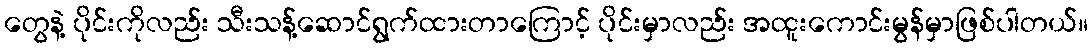
တွေနဲ့ ပိုင်းကိုလည်း သီးသန့်ဆောင်ရွက်ထားတာကြောင့် ပိုင်းမှာလည်း အထူးကောင်းမွန်မှာဖြစ်ပါတယ်။